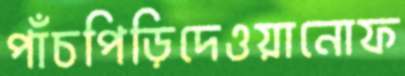
পাঁচপিড়িদেওয়ানোফ